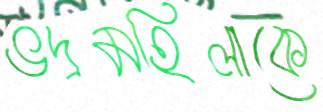
ভদ্রমহিলাকে